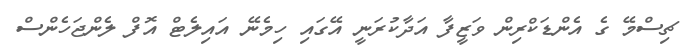
ޗިސްމޭ ގެ އެންޑަކްރިން ވަޒީފާ އަދާކުރަނީ އޭގައި ހިމެނޭ އައިލެޓް އޮފް ލެންޖަހެންސް